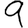
Digit: 9